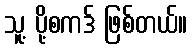
သူ့ ပို့စကဒ် ဖြစ်တယ်။